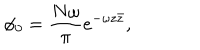
LaTeX: \phi _ { 0 } = { \frac { N \omega } { \pi } } e ^ { - \omega z \bar { z } } ,